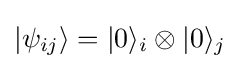
|\psi _{ij}\rangle =|0\rangle _{i}\otimes |0\rangle _{j}